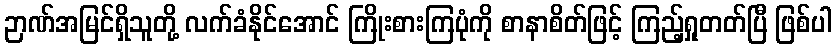
ဉာဏ်အမြင်ရှိသူတို့ လက်ခံနိုင်အောင် ကြိုးစားကြပုံကို စာနာစိတ်ဖြင့် ကြည့်ရှုတတ်ပြီ ဖြစ်ပါ